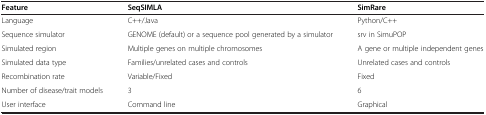
<table><thead><tr><td><b>Feature</b></td><td><b>SeqSIMLA</b></td><td><b>SimRare</b></td></tr></thead><tbody><tr><td>Language</td><td>C++/Java</td><td>Python/C++</td></tr><tr><td>Sequence simulator</td><td>GENOME (default) or a sequence pool generated by a simulator</td><td>srv in SimuPOP</td></tr><tr><td>Simulated region</td><td>Multiple genes on multiple chromosomes</td><td>A gene or multiple independent genes</td></tr><tr><td>Simulated data type</td><td>Families/unrelated cases and controls</td><td>Unrelated cases and controls</td></tr><tr><td>Recombination rate</td><td>Variable/Fixed</td><td>Fixed</td></tr><tr><td>Number of disease/trait models</td><td>3</td><td>6</td></tr><tr><td>User interface</td><td>Command line</td><td>Graphical</td></tr></tbody></table>